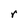
Character: r